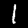
Label: 1